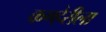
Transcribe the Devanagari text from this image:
कण्हेरीला